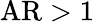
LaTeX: \mathrm{AR}>1